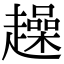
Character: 趮